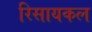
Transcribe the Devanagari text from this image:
रिसायकल